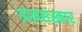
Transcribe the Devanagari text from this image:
ग्रामसंस्कार